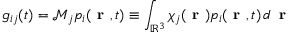
g _ { i j } ( t ) = \mathcal { M } _ { j } p _ { i } ( \textbf { r } , t ) \equiv \int _ { \mathbb { R } ^ { 3 } } \chi _ { j } ( \textbf { r } ) p _ { i } ( \textbf { r } , t ) \, d \, \textbf { r }